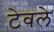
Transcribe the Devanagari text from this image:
टेवले